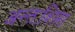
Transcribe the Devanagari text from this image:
अन्तःशिरा